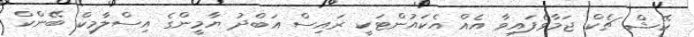
ކޭޝް ޗެކް ޖަމާވެފައިވާ އެއް އެކައުންޓަކީ ރައިސް އަބްދު ޔާމީންގެ އިސްލާމިކް ބޭންކް